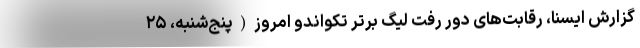
گزارش ایسنا، رقابت‌های دور رفت لیگ برتر تکواندو امروز(پنج‌شنبه، ۲۵